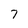
Character: 7